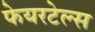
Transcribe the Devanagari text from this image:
फेयरटेल्स